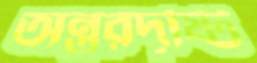
অন্তরদৃষ্টি